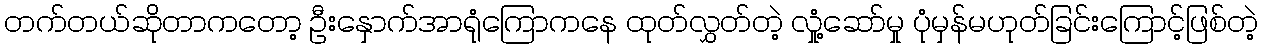
တက်တယ်ဆိုတာကတော့ ဦးနှောက်အာရုံကြောကနေ ထုတ်လွှတ်တဲ့ လှုံ့ဆော်မှု ပုံမှန်မဟုတ်ခြင်းကြောင့်ဖြစ်တဲ့